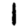
Digit: 1